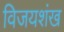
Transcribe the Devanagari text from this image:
विजयशंख